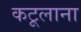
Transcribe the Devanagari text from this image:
कटूलाना